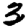
Digit: 3